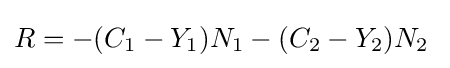
R=-(C_{1}-Y_{1})N_{1}-(C_{2}-Y_{2})N_{2}\;